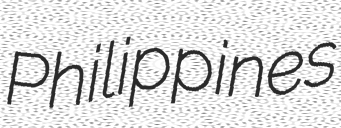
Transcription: Philippines